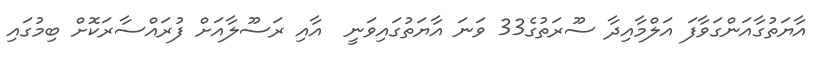
އާޔަތުގާއަންގަވާފަ އަލްމާއިދާ ސޫރަތުގެ33 ވަނަ އާޔަތުގައިވަނީ  އާއި ރަސޫލާއަށް ފުރައްސާރަކޮށް ބިމުގައި